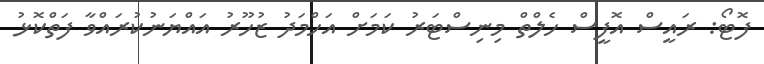
ފޮޓޯ: ރައީސް އޮފީސް ހެލްތް މިނިސްޓަރު ކަމަށް އަހްމަދު ޒުހޫރު އައްޔަނުކުރައްވާ ފަތްކޮޅު